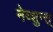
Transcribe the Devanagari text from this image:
नेव्शुन्त्